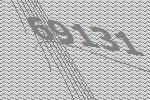
69131